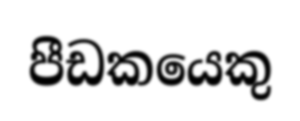
පීඩකයෙකු